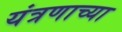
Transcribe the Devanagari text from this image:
यंत्रणाच्या